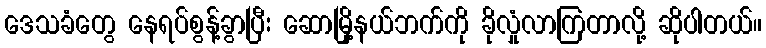
ဒေသခံတွေ နေရပ်စွန့်ခွာပြီး ဆောမြို့နယ်ဘက်ကို ခိုလှုံလာကြတာလို့ ဆိုပါတယ်။